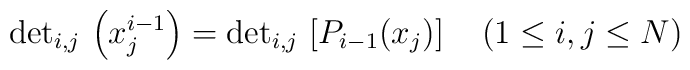
{\rm det}_{i,j}\,\left (x_j^{i-1}\right )={\rm det}_{i,j}\, \left [ P_{i-1}(x_j) \right ]\quad (1\leq i,j\leq N)